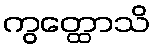
ကွတ္ထောသိ